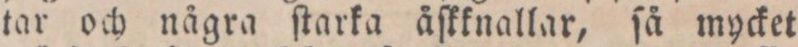
tar och några ſtarka åſkknallar, ſå mycket